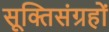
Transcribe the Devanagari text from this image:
सूक्तिसंग्रहों